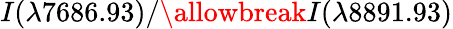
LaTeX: I(\lambda 7686.93)/\allowbreak I(\lambda 8891.93)